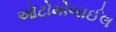
ઑટોમોબાઈલ